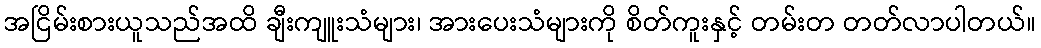
အငြိမ်းစားယူသည်အထိ ချီးကျူးသံများ၊ အားပေးသံများကို စိတ်ကူးနှင့် တမ်းတ တတ်လာပါတယ်။